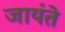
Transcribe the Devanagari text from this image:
जायंते